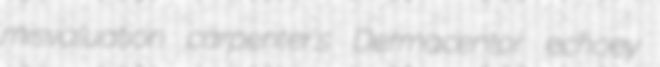
misvaluation carpenter's Dermacentor echoey